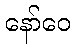
နော်ဝေ